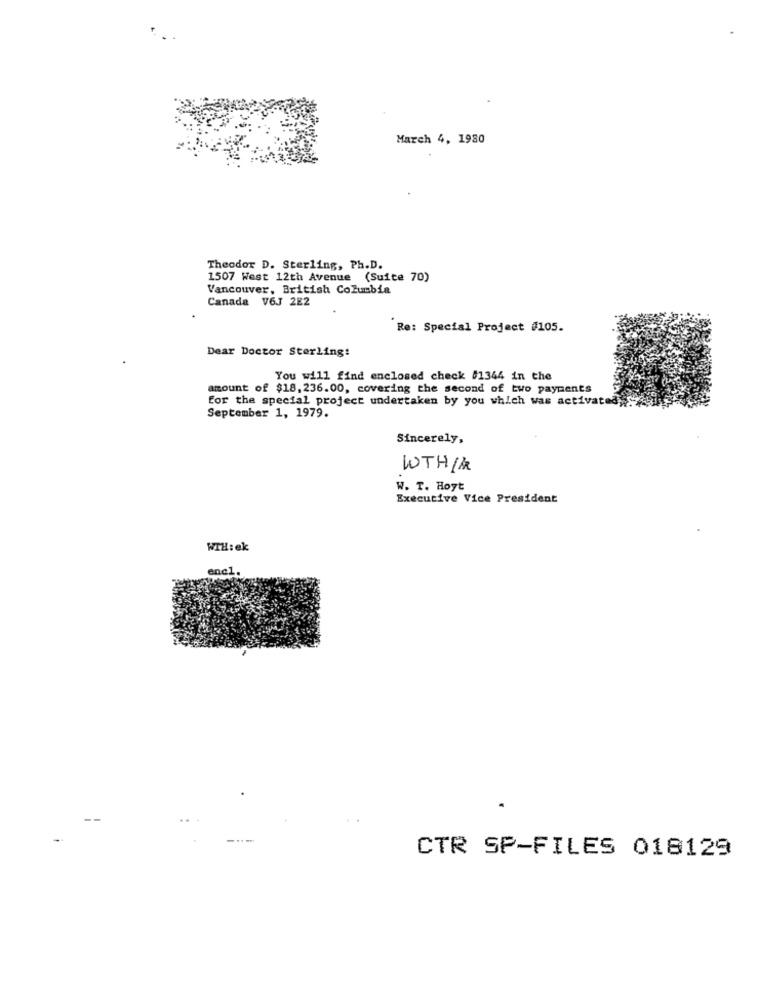
March 4, 1980
Theodor D. Sterling, Ph.D.
1507 West 12th Avenue (Suite 70)
Vancouver, British Columbia
Canada V6J 2E2
Re: Special Project #105.
Dear Doctor Sterling:
You will find enclosed check #1344 in the
amount of $18, 236.00, covering the second of two payments
for the special project undertaken by you which was activated
September 1, 1979.
Sincerely,
WTH1KR
W. T. Hoyt
Executive Vice President
WTH: ek
andl
CTR SP-FILES 018129